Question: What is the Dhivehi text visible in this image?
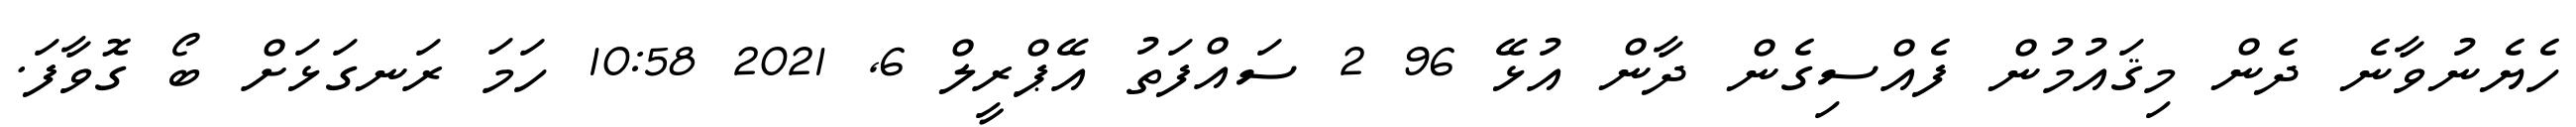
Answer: ހެޔެނުވާނެ ދެން މިޤައުމުން ފެއްސިގެން ދާން އުޅޭ 96 2 ސައްފަތު އޭޕްރީލް 6, 2021 10:58 ހަމަ ރަނގަޅަށް ބޯ ގޮވާފަ.